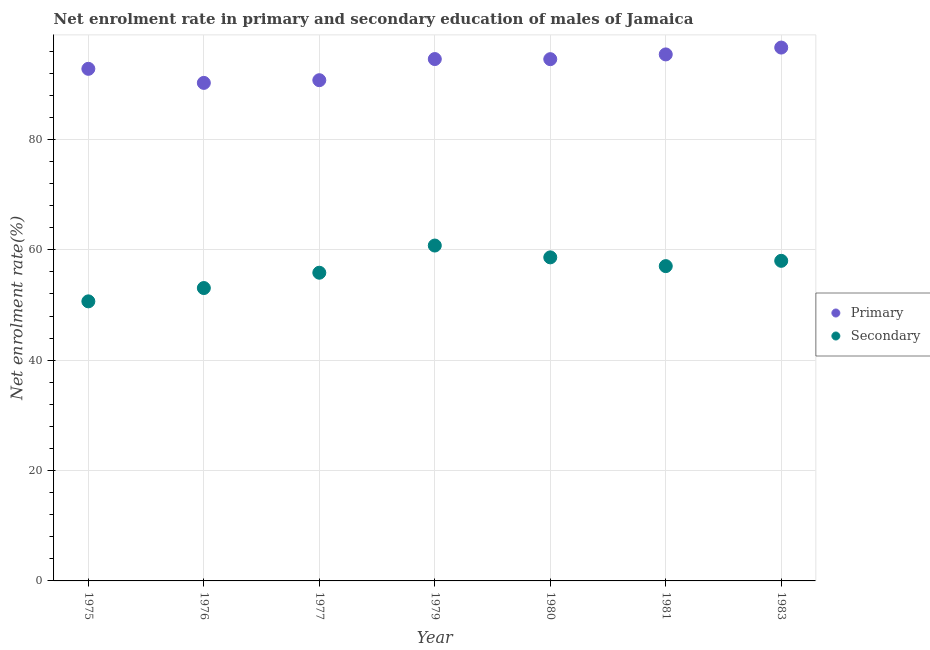
| Year | Primary | Secondary |
 | --- | --- | --- |
 | 1975 | 92.8 | 50.7 |
 | 1976 | 90.2 | 53.1 |
 | 1977 | 90.7 | 55.8 |
 | 1979 | 94.6 | 60.8 |
 | 1980 | 94.5 | 58.6 |
 | 1981 | 95.4 | 57 |
 | 1983 | 96.6 | 58 |